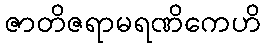
ဇာတိဇရာမရဏိကေဟိ